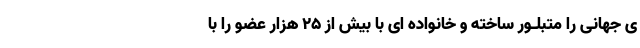
ی جهانی را متبلـور ساخته و خانواده ای با بیش از ۲۵ هزار عضو را با